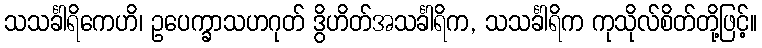
သသင်္ခါရိကေဟိ၊ ဥပေက္ခာသဟဂုတ် ဒွိဟိတ်အသင်္ခါရိက, သသင်္ခါရိက ကုသိုလ်စိတ်တို့ဖြင့်။